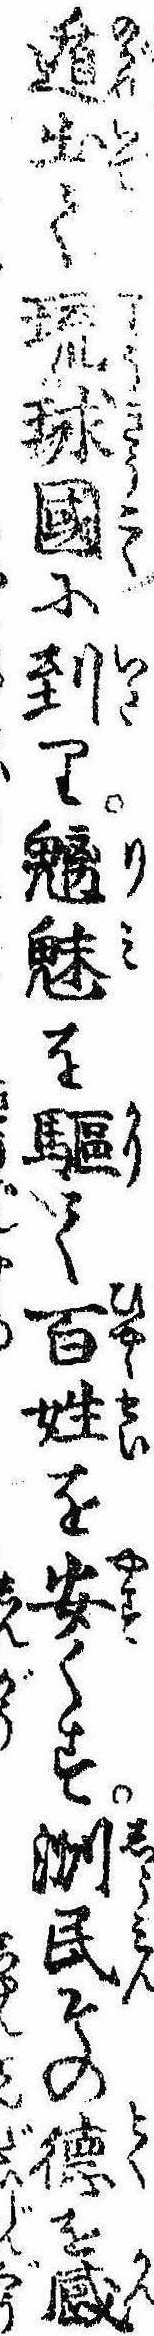
遁出て琉球国に到り魑魅を駆て百姓を安くす洲民その徳を感